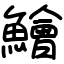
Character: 鱠